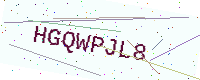
Text: HGQWPJL8